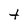
Character: t